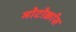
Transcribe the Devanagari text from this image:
मोटोक्राॅस